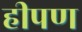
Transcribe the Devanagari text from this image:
हीपण